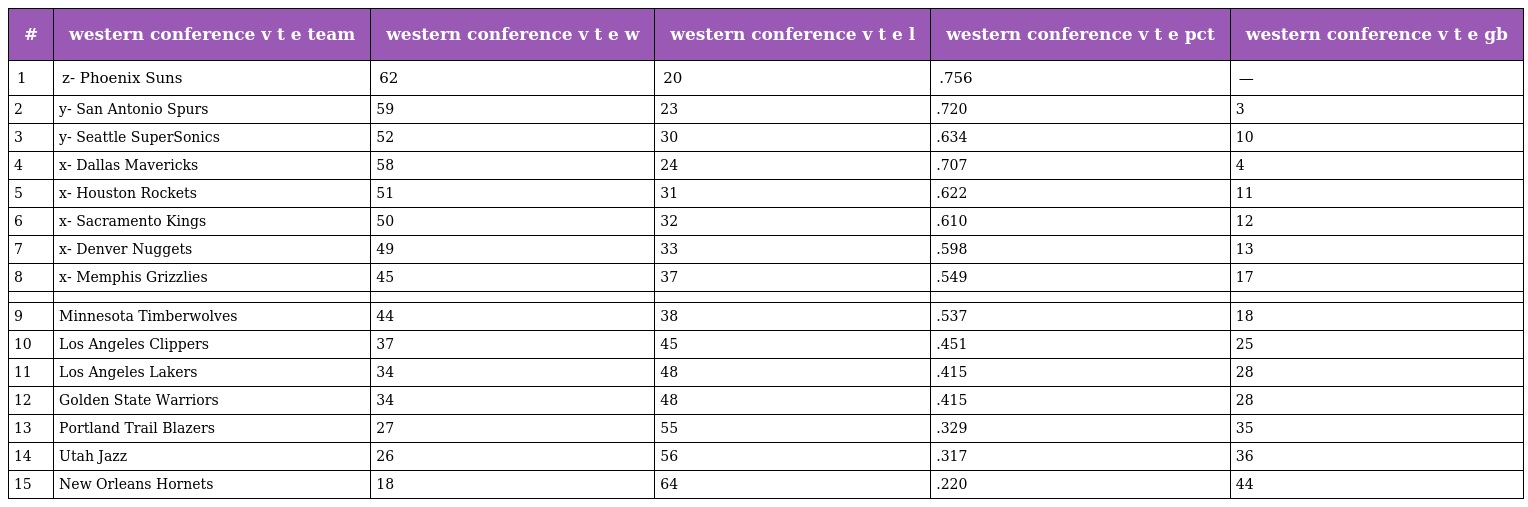
| # | western conference v t e team | western conference v t e w | western conference v t e l | western conference v t e pct | western conference v t e gb |
 | --- | --- | --- | --- | --- | --- |
 | 1 | z- Phoenix Suns | 62 | 20 | .756 | — |
 | 2 | y- San Antonio Spurs | 59 | 23 | .720 | 3 |
 | 3 | y- Seattle SuperSonics | 52 | 30 | .634 | 10 |
 | 4 | x- Dallas Mavericks | 58 | 24 | .707 | 4 |
 | 5 | x- Houston Rockets | 51 | 31 | .622 | 11 |
 | 6 | x- Sacramento Kings | 50 | 32 | .610 | 12 |
 | 7 | x- Denver Nuggets | 49 | 33 | .598 | 13 |
 | 8 | x- Memphis Grizzlies | 45 | 37 | .549 | 17 |
 |  |  |  |  |  |  |
 | 9 | Minnesota Timberwolves | 44 | 38 | .537 | 18 |
 | 10 | Los Angeles Clippers | 37 | 45 | .451 | 25 |
 | 11 | Los Angeles Lakers | 34 | 48 | .415 | 28 |
 | 12 | Golden State Warriors | 34 | 48 | .415 | 28 |
 | 13 | Portland Trail Blazers | 27 | 55 | .329 | 35 |
 | 14 | Utah Jazz | 26 | 56 | .317 | 36 |
 | 15 | New Orleans Hornets | 18 | 64 | .220 | 44 |